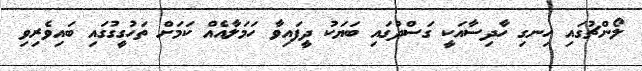
ލޯންޗުގައި ހިނގި ހާދިސާއަކީ ގަސްދުގައި ބަޔަކު ދީފައިވާ ހަމަލާއެއް ކަމަށް ތަހުގީގުގައި ބައިވެރިވި